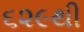
૬૨૯થી